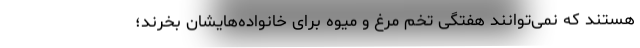
هستند که نمی‌توانند هفتگی تخم مرغ و میوه برای خانواده‌هایشان بخرند؛